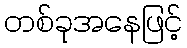
တစ်ခုအနေဖြင့်